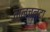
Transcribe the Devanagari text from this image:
मनचन्दा